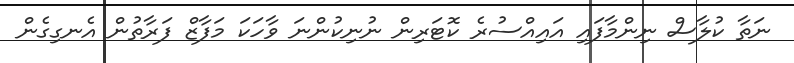
ނަތާ ކުލާސް ނިންމާފައި އައިއްސުރެ ކޮޓަރިން ނުނިކުންނަ ވާހަކަ މަފާޒް ފަރާތުން އެނގިގެން